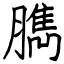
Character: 臇